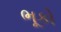
ભૂકો